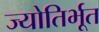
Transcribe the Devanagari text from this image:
ज्योतिर्भूत